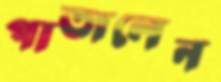
পাতালেন